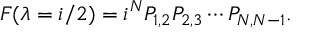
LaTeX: F ( \lambda = i / 2 ) = i ^ { N } P _ { 1 , 2 } P _ { 2 , 3 } \cdots P _ { N , N - 1 } .